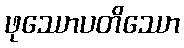
ဖုဿောပတိဿော